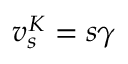
v _ { s } ^ { K } = s \gamma